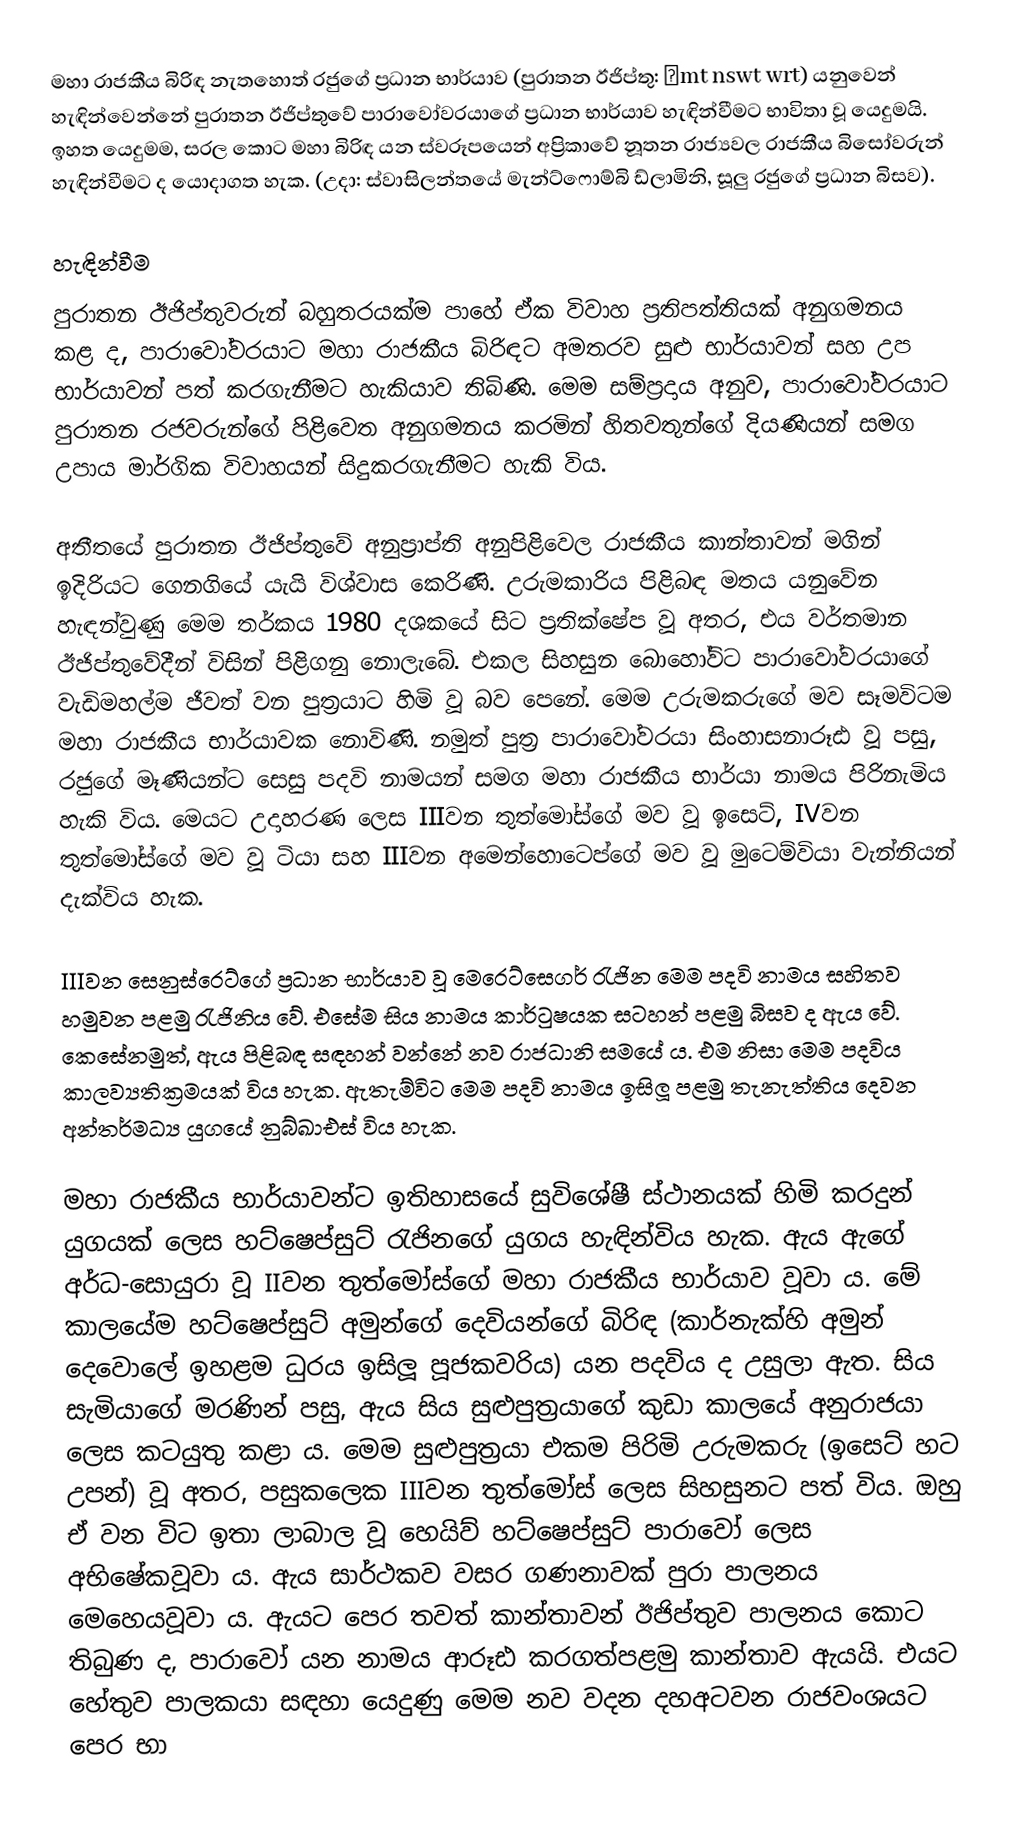
මහා රාජකීය බිරිඳ නැතහොත් රජුගේ ප්‍රධාන භාර්යාව (පුරාතන ඊජිප්තු: ḥmt nswt wrt) යනුවෙන් හැඳින්වෙන්නේ පුරාතන ඊජිප්තුවේ පාරාවෝවරයාගේ ප්‍රධාන භාර්යාව හැඳින්වීමට භාවිතා වූ යෙදුමයි. ඉහත යෙදුමම, සරල කොට මහා බිරිඳ යන ස්වරූපයෙන් අප්‍රිකාවේ නූතන රාජ්‍යවල රාජකීය බිසෝවරුන් හැඳින්වීමට ද යොදාගත හැක. (උදා: ස්වාසිලන්තයේ මැන්ට්ෆොම්බි ඩ්ලාමිනි, සූලු රජුගේ ප්‍රධාන බිසව).

හැඳින්වීම
පුරාතන ඊජිප්තුවරුන් බහුතරයක්ම පාහේ ඒක විවාහ ප්‍රතිපත්තියක් අනුගමනය කළ ද, පාරාවෝවරයාට මහා රාජකීය බිරිඳට අමතරව සුළු භාර්යාවන් සහ උප භාර්යාවන් පත් කරගැනීමට හැකියාව තිබිණි. මෙම සම්ප්‍රදාය අනුව, පාරාවෝවරයාට පුරාතන රජවරුන්ගේ පිළිවෙත අනුගමනය කරමින් හිතවතුන්ගේ දියණියන් සමග උපාය මාර්ගික විවාහයන් සිදුකරගැනීමට හැකි විය.

අතීතයේ පුරාතන ඊජිප්තුවේ අනුප්‍රාප්ති අනුපිළිවෙල රාජකීය කාන්තාවන් මගින් ඉදිරියට ගෙනගියේ යැයි විශ්වාස කෙරිණි. උරුමකාරිය පිළිබඳ මතය යනුවේන හැඳන්වුණු මෙම තර්කය 1980 දශකයේ සිට ප්‍රතික්ෂේප වූ අතර, එය වර්තමාන ඊජිප්තුවේදීන් විසින් පිළිගනු නොලැබේ. එකල සිහසුන බොහෝවිට පාරාවෝවරයාගේ වැඩිමහල්ම ජීවත් වන පුත්‍රයාට හිමි වූ බව පෙනේ. මෙම උරුමකරුගේ මව සෑමවිටම මහා රාජකීය භාර්යාවක නොවිණි. නමුත් පුත්‍ර පාරාවෝවරයා සිංහාසනාරූඪ වූ පසු, රජුගේ මෑණියන්ට සෙසු පදවි නාමයන් සමග මහා රාජකීය භාර්යා නාමය පිරිනැමිය හැකි විය. මෙයට උදාහරණ ලෙස IIIවන තුත්මෝස්ගේ මව වූ ඉසෙට්, IVවන තුත්මෝස්ගේ මව වූ ටියා සහ IIIවන අමෙන්හොටෙප්ගේ මව වූ මුටෙම්වියා වැන්නියන් දැක්විය හැක.

IIIවන සෙනුස්රෙට්ගේ ප්‍රධාන භාර්යාව වූ මෙරෙට්සෙගර් රැජින මෙම පදවි නාමය සහිතව හමුවන පළමු රැජිනිය වේ. එසේම සිය නාමය කාර්ටුෂයක සටහන් පළමු බිසව ද ඇය වේ. කෙසේනමුත්, ඇය පිළිබඳ සඳහන් වන්නේ නව රාජධානි සමයේ ය. එම නිසා මෙම පදවිය කාලව්‍යතික්‍රමයක් විය හැක. ඇතැම්විට මෙම පදවි නාමය ඉසිලූ පළමු තැනැත්තිය දෙවන අන්තර්මධ්‍ය යුගයේ නු‍බ්ඛාඑස් විය හැක.

මහා රාජකීය භාර්යාවන්ට ඉතිහාසයේ සුවිශේෂී ස්ථානයක් හිමි කරදුන් යුගයක් ලෙස හට්ෂෙප්සුට් රැජිනගේ යුගය හැඳින්විය හැක. ඇය ඇගේ අර්ධ-සොයුරා වූ IIවන තුත්මෝස්ගේ මහා රාජකීය භාර්යාව වූවා ය. මේ කාලයේම හට්ෂෙප්සුට් අමුන්ගේ දෙවියන්ගේ බිරිඳ (කාර්නැක්හි අමුන් දෙවොලේ ඉහළම ධුරය ඉසිලූ පූජකවරිය) යන පදවිය ද උසුලා ඇත. සිය සැමියාගේ මරණින් පසු, ඇය සිය සුළුපුත්‍රයාගේ කුඩා කාලයේ අනුරාජයා ලෙස කටයුතු කළා ය. මෙම සුළුපුත්‍රයා එකම පිරිමි උරුමකරු (ඉසෙට් හට උපන්) වූ අතර, පසුකලෙක IIIවන තුත්මෝස් ලෙස සිහසුනට පත් විය. ඔහු ඒ වන විට ඉතා ලාබාල වූ හෙයිව් හට්ෂෙප්සුට් පාරාවෝ ලෙස අභිෂේකවූවා ය. ඇය සාර්ථකව වසර ගණනාවක් පුරා පාලනය මෙහෙයවූවා ය. ‍ඇයට පෙර තවත් කාන්තාවන් ඊජිප්තුව පාලනය කොට තිබුණ ද, පාරාවෝ යන නාමය ආරූඪ කරගත්පළමු කාන්තාව ඇයයි. එයට හේතුව පාලකයා සඳහා යෙදුණු මෙම නව වදන දහඅටවන රාජවංශයට පෙර භා